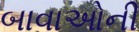
બાવાઓની